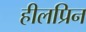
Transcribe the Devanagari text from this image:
हीलप्रिन